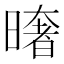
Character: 𭧤